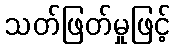
သတ်ဖြတ်မှုဖြင့်